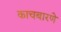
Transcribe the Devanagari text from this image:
काचबारणे